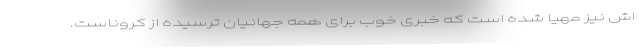
اش نیز مهیا شده است که خبری خوب برای همه جهانیانِ ترسیده از کروناست.